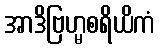
အာဒိဗြဟ္မစရိယိကံ